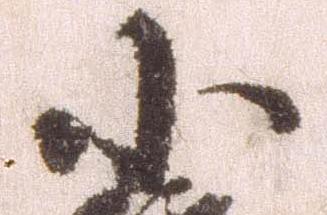
小